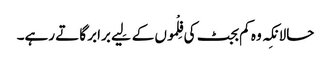
حالانکِہ وہ کم بجٹ کی فِلْموں کے لِیے برابر گاتے رہے۔